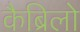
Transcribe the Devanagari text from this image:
कैब्रिलो